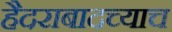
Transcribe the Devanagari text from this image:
हैदराबादच्याच